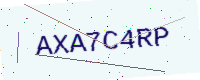
Text: AXA7C4RP